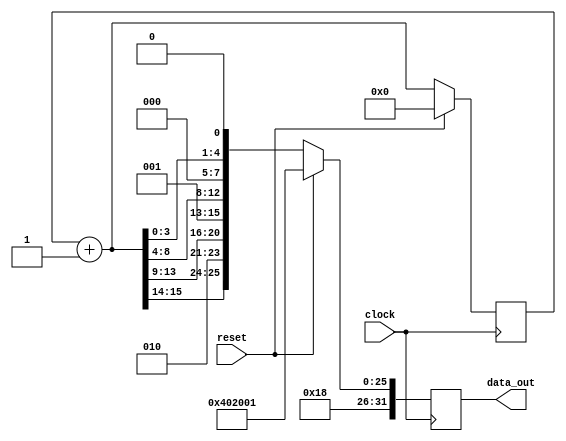
module counter_16bit (
    input clock,
    input reset,
	 output reg [31:0] data_out
);

reg [15:0] count;
reg [31:0] temp_data;

// Counter logic
always @(posedge clock) begin
    if (reset) begin
        count = 16'b0;
        temp_data = {7'b0, count, 1'b1};
		  data_out = {3'b011, 3'b000, temp_data[16:15], 3'b010, temp_data[14:10], 3'b001, temp_data[9:5], 3'b000, temp_data[4:0]};
    end else begin
        count = count + 1;
        temp_data = {7'b0, count, 1'b0};
		  data_out = {3'b011, 3'b000, temp_data[16:15], 3'b010, temp_data[14:10], 3'b001, temp_data[9:5], 3'b000, temp_data[4:0]};
    end
end


endmodule